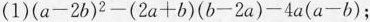
(1)$$( a - 2 b ) ^ { 2 } - ( 2 a + b ) ( b - 2 a ) - 4 a ( a - b )$$;